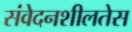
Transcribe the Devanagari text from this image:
संवेदनशीलतेस